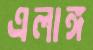
এলাঙ্গ